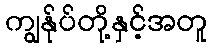
ကျွန်ုပ်တို့နှင့်အတူ